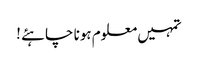
تمہیں معلوم ہونا چاہئے !